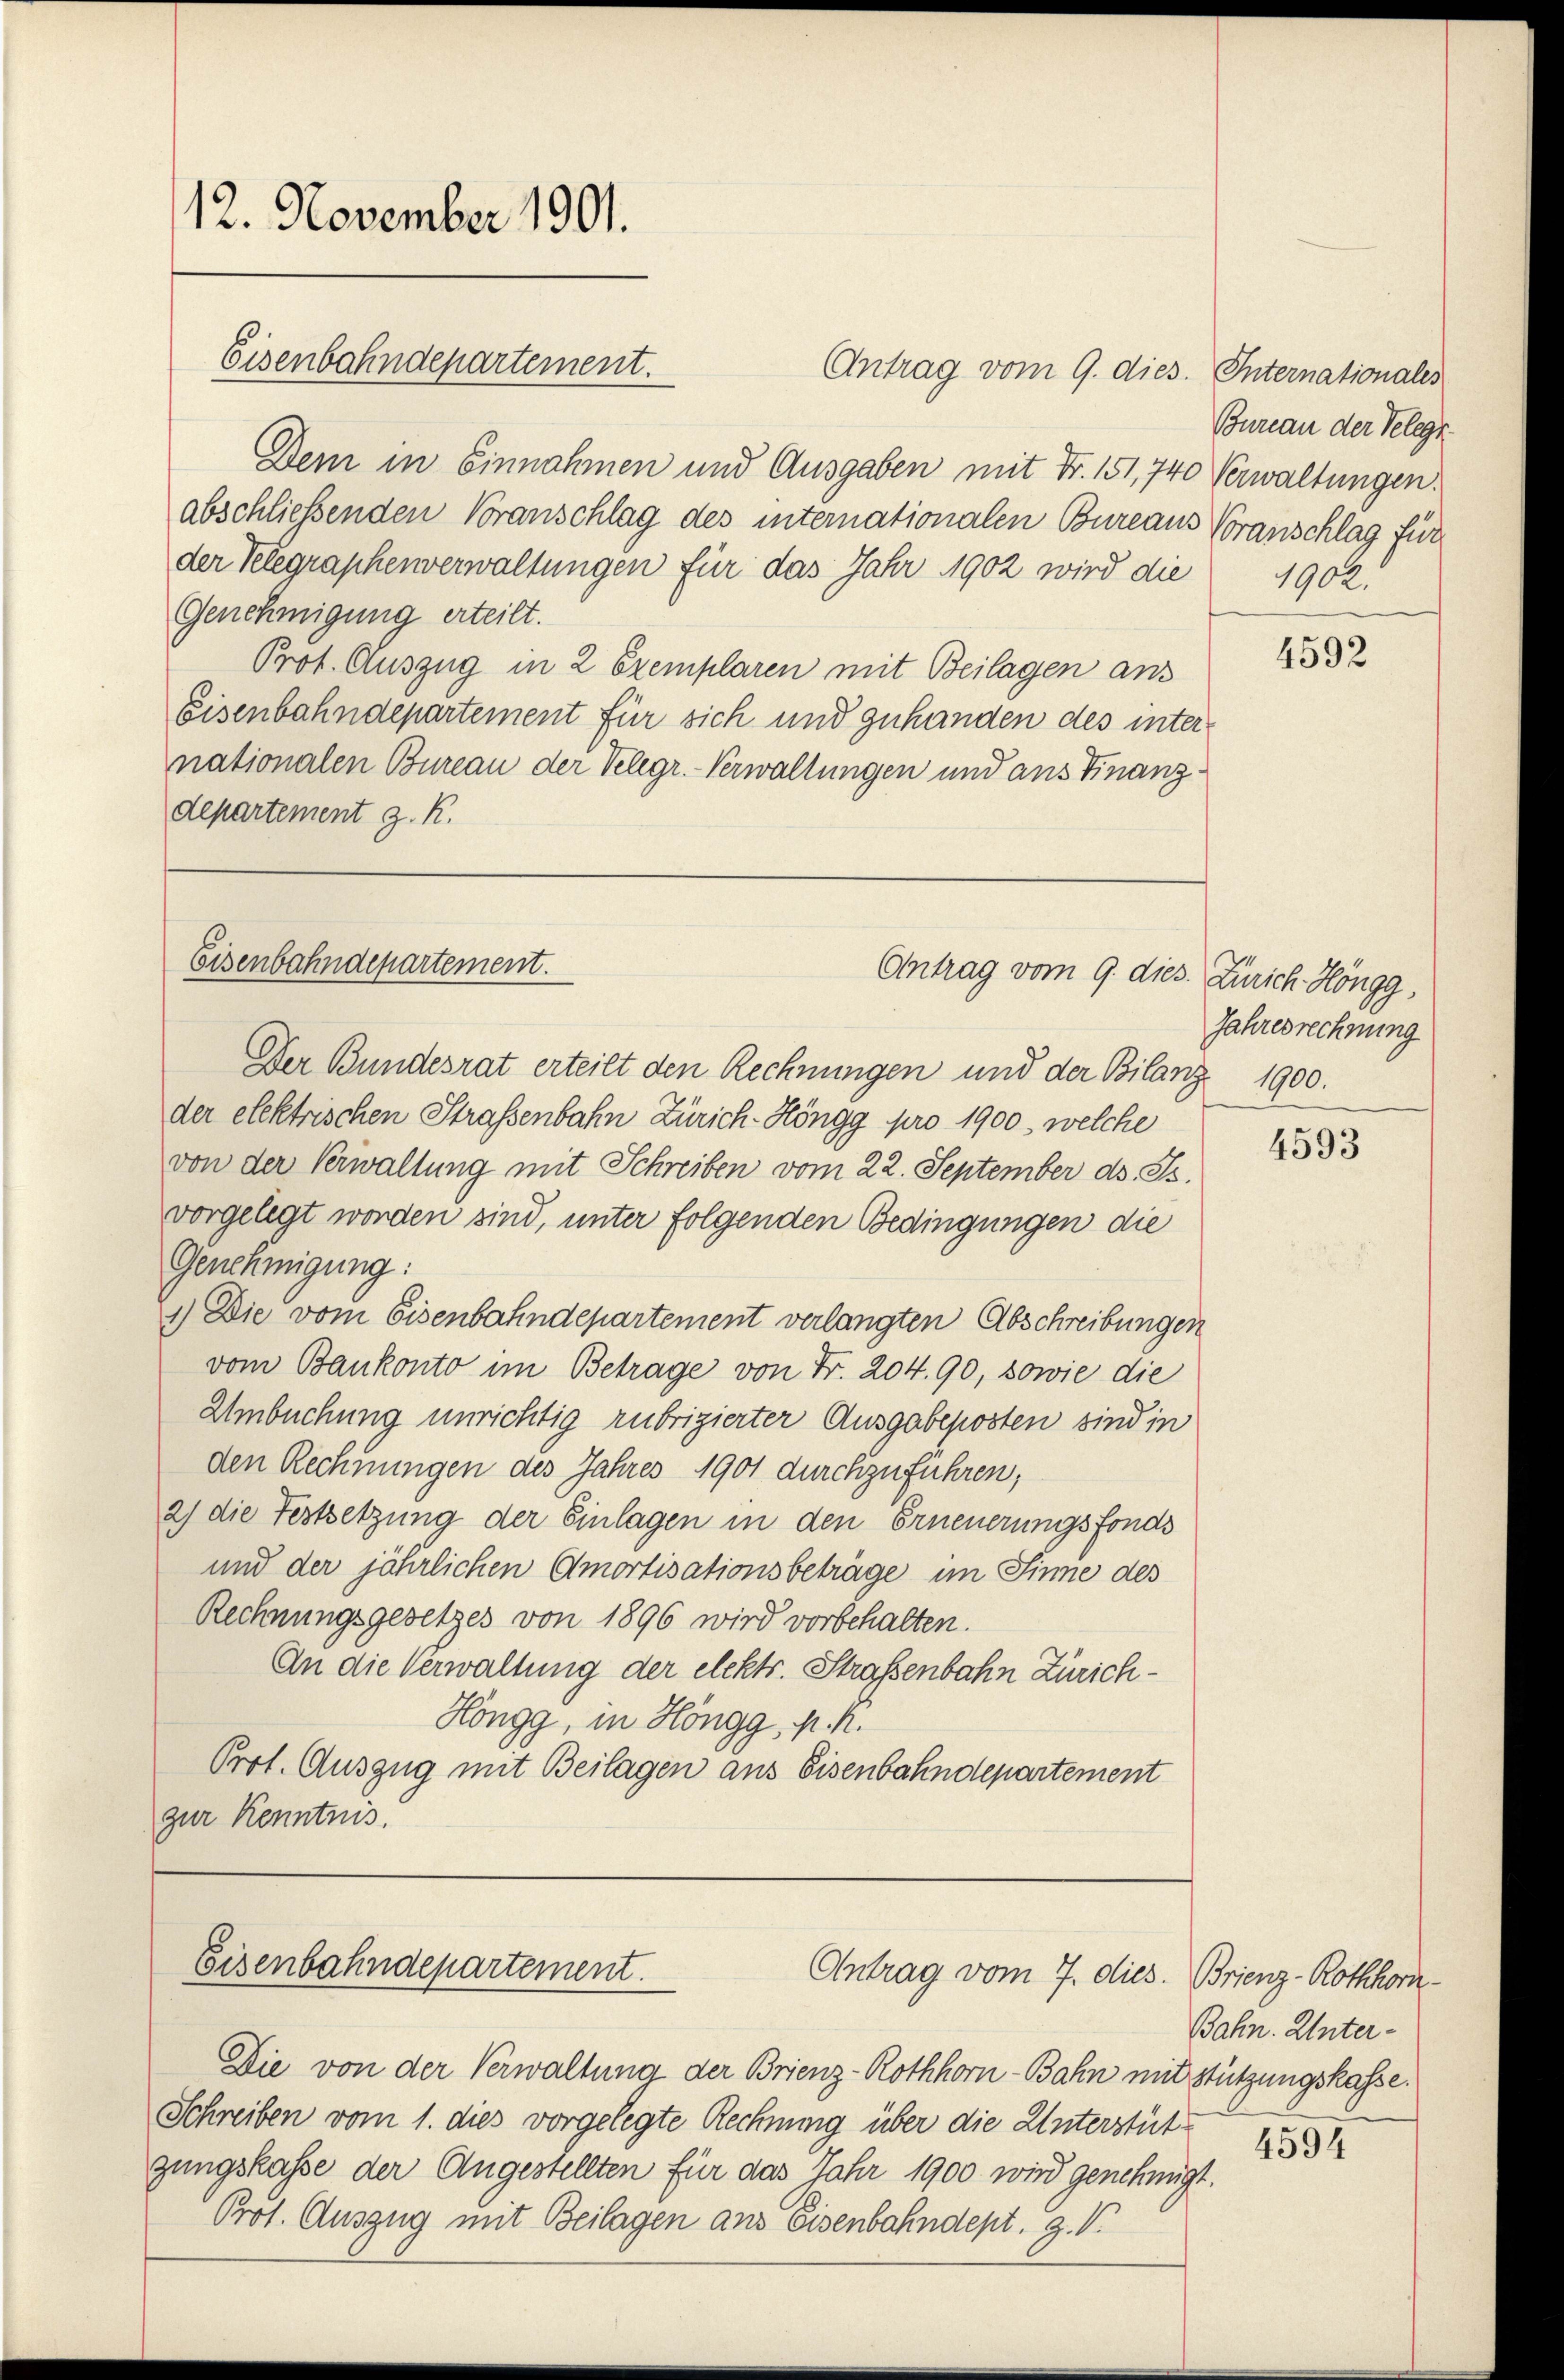
12. November 1901.

Antrag vom 9. dies. Internationales
Dem in Einnahmen und Ausgaben mit Fr. 151, 740 Verwaltungen.
abschließenden Voranschlag des internationalen Bureaus Voranschlag für
der Telegraphenverwaltungen für das Jahr 1902 wird die
Genehmigung erteilt.
Prof. Auszug in 2 Exemplaren mit Beilagen ans
Eisenbahndepartement für sich und zuhanden des inter-
nationalen Bureau der Telegr. - Verwaltungen und aus Finanzdepartement z. K.

Eisenbahndepartement.

Eisenbahndepartement.

Antrag vom 9. dies. Zürich Höngg,

Eisenbahndepartement.
Antrag vom 7. dies. Brienz-Rothhom.

Der Bundesrat erteilt den Rechnungen und der Bilanz 1900.
der elektrischen Straßenbahn Zürich-Höngg pro 1900, welche
von der Verwaltung mit Schreiben vom 22. September ds. Js.
vorgelegt worden sind, unter folgenden Bedingungen die
Genehmigung:
1.) Die vom Eisenbahndepartement verlangten Abschreibungen
vom Bankonto im Betrage von Fr. 204. 90, sowie die
Umbuchung unrichtig rubrizierter Ausgabeposten sind in
den Rechnungen des Jahres 1901 durchzuführen,
2) die Festsetzung der Einlagen in den Erneuerungsfonds
und der jährlichen Amortisationsbeträge im Sinne des
Rechnungsgesetzes von 1896 wird vorbehalten.
An die Verwaltung der elektr. Straßenbahn Zürich¬
Höngg, in Höngg, p. h.
Prot. Auszug mit Beilagen aus Eisenbahndepartement
zur Kenntnis.

Die von der Verwaltung der Brienz-Rothhorn-Bahn mit stützungskasse.
Schreiben vom 1. dies vorgelegte Rechnung über die Unterstütgungskasse der Angestellten für das Jahr 1900 wird genehmigt.
Prof. Auszug mit Beilagen aus Eisenbahndept. H. V.

Bureau der Telegt.
1902.

4592

Jahresrechnung

4593

Bahn. Unter¬
4594